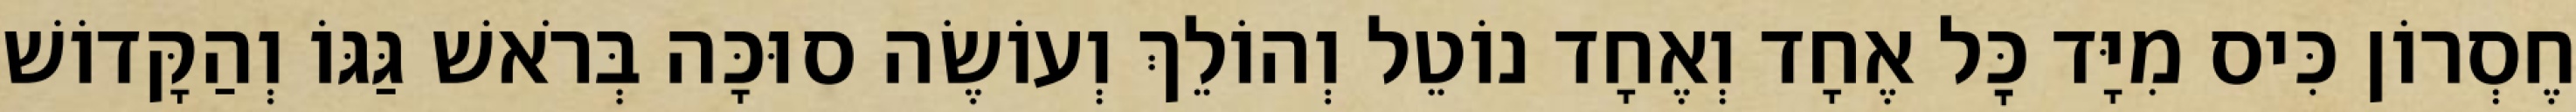
חֶסְרוֹן כִּיס מִיָּד כׇּל אֶחָד וְאֶחָד נוֹטֵל וְהוֹלֵךְ וְעוֹשֶׂה סוּכָּה בְּרֹאשׁ גַּגּוֹ וְהַקָּדוֹשׁ